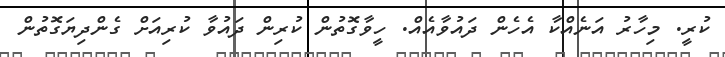
ކުރީ. މިހާރު އަނެއްކާ އެހެން ދައުވާއެއް. ހީވާގޮތުން ކުރިން ދައުވާ ކުރިއަށް ގެންދިޔަގޮތުން